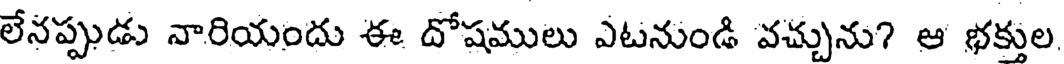
లేనప్పుడు నారియందు ఈ దోషములు ఎటనుండి వచ్చును? ఆ భక్తుల